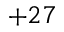
+ 2 7